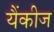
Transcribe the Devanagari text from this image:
यैंकीज